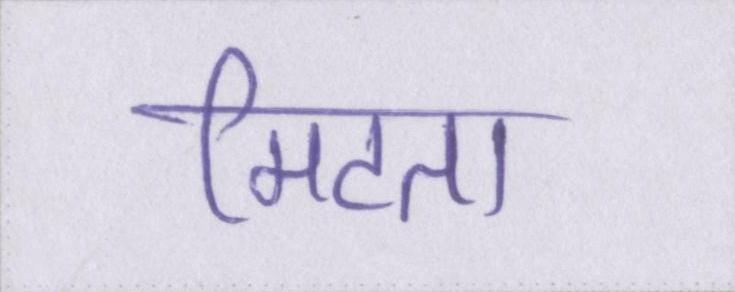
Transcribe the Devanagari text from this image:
मिटता